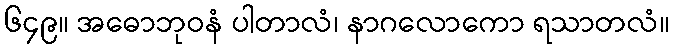
၆၄၉။ အဓောဘုဝနံ ပါတာလံ၊ နာဂလောကော ရသာတလံ။